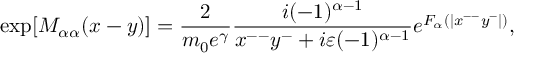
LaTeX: \mathrm { e x p } [ M _ { { \alpha } { \alpha } } ( x - y ) ] = \frac { 2 } { m _ { 0 } e ^ { \gamma } } \frac { i ( - 1 ) ^ { { \alpha } - 1 } } { x ^ { -- } y ^ { - } + i { \varepsilon } ( - 1 ) ^ { { \alpha } - 1 } } e ^ { F _ { \alpha } ( | x ^ { -- } y ^ { - } | ) } ,